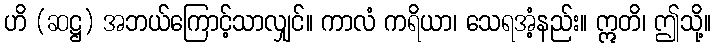
ဟိ (ဆဋ္ဌ) အဘယ်ကြောင့်သာလျှင်။ ကာလံ ကရိယာ၊ သေရအံ့နည်း။ ဣတိ၊ ဤသို့။